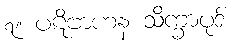
၇။ ပဋိဗာဟန သိက္ခာပုဒ်